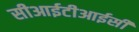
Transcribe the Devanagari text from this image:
सीआईटीआईसी